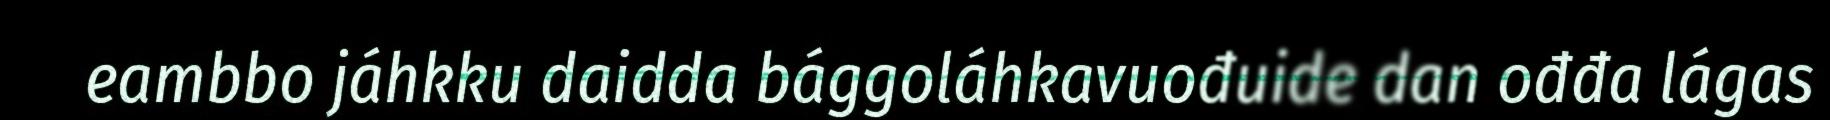
eambbo jáhkku daidda bággoláhkavuođuide dan ođđa lágas